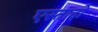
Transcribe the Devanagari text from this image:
एस्तादो